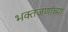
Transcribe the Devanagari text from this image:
भक्तजणांच्या